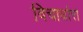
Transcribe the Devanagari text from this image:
विचार्धारा